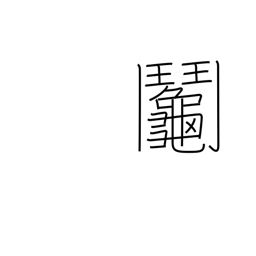
Meaning: raffle